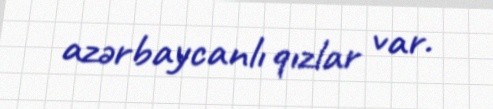
azərbaycanlı qızlar var.